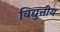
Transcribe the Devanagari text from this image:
विद्युत्तीय